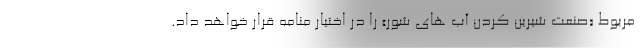
مربوط «صنعت شیرین کردن آب های شور» را در اختیار منامه قرار خواهد داد.